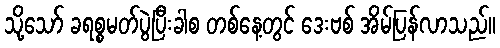
သို့သော် ခရစ္စမတ်ပွဲပြီးခါစ တစ်နေ့တွင် ဒေးဗစ် အိမ်ပြန်လာသည်။